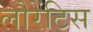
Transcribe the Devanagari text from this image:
लौरेंटिस